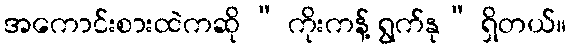
အကောင်းစားထဲကဆို “ ကိုးကန့် ရွက်နု” ရှိတယ်။